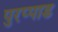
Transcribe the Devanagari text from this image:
पुरप्पाड